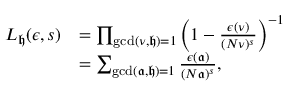
\begin{array} { r l } { L _ { \mathfrak h } ( \epsilon , s ) } & { = \prod _ { \operatorname* { g c d } ( \nu , \mathfrak h ) = 1 } \left( 1 - \frac { \epsilon ( \nu ) } { ( N \nu ) ^ { s } } \right) ^ { - 1 } } \\ & { = \sum _ { \operatorname* { g c d } ( \mathfrak a , \mathfrak h ) = 1 } \frac { \epsilon ( \mathfrak a ) } { ( N \mathfrak a ) ^ { s } } , } \end{array}